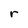
Character: r